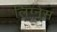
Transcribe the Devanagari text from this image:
लिग्नेस